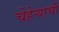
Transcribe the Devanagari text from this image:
चेहेऱ्याची